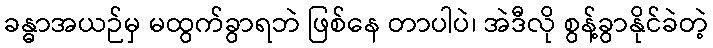
ခန္ဓာအယဉ်မှ မထွက်ခွာရဘဲ ဖြစ်နေ တာပါပဲ၊ အဲဒီလို စွန့်ခွာနိုင်ခဲတဲ့